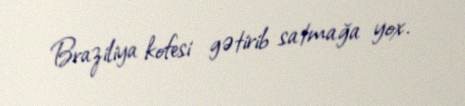
Braziliya kofesi gətirib satmağa yox.